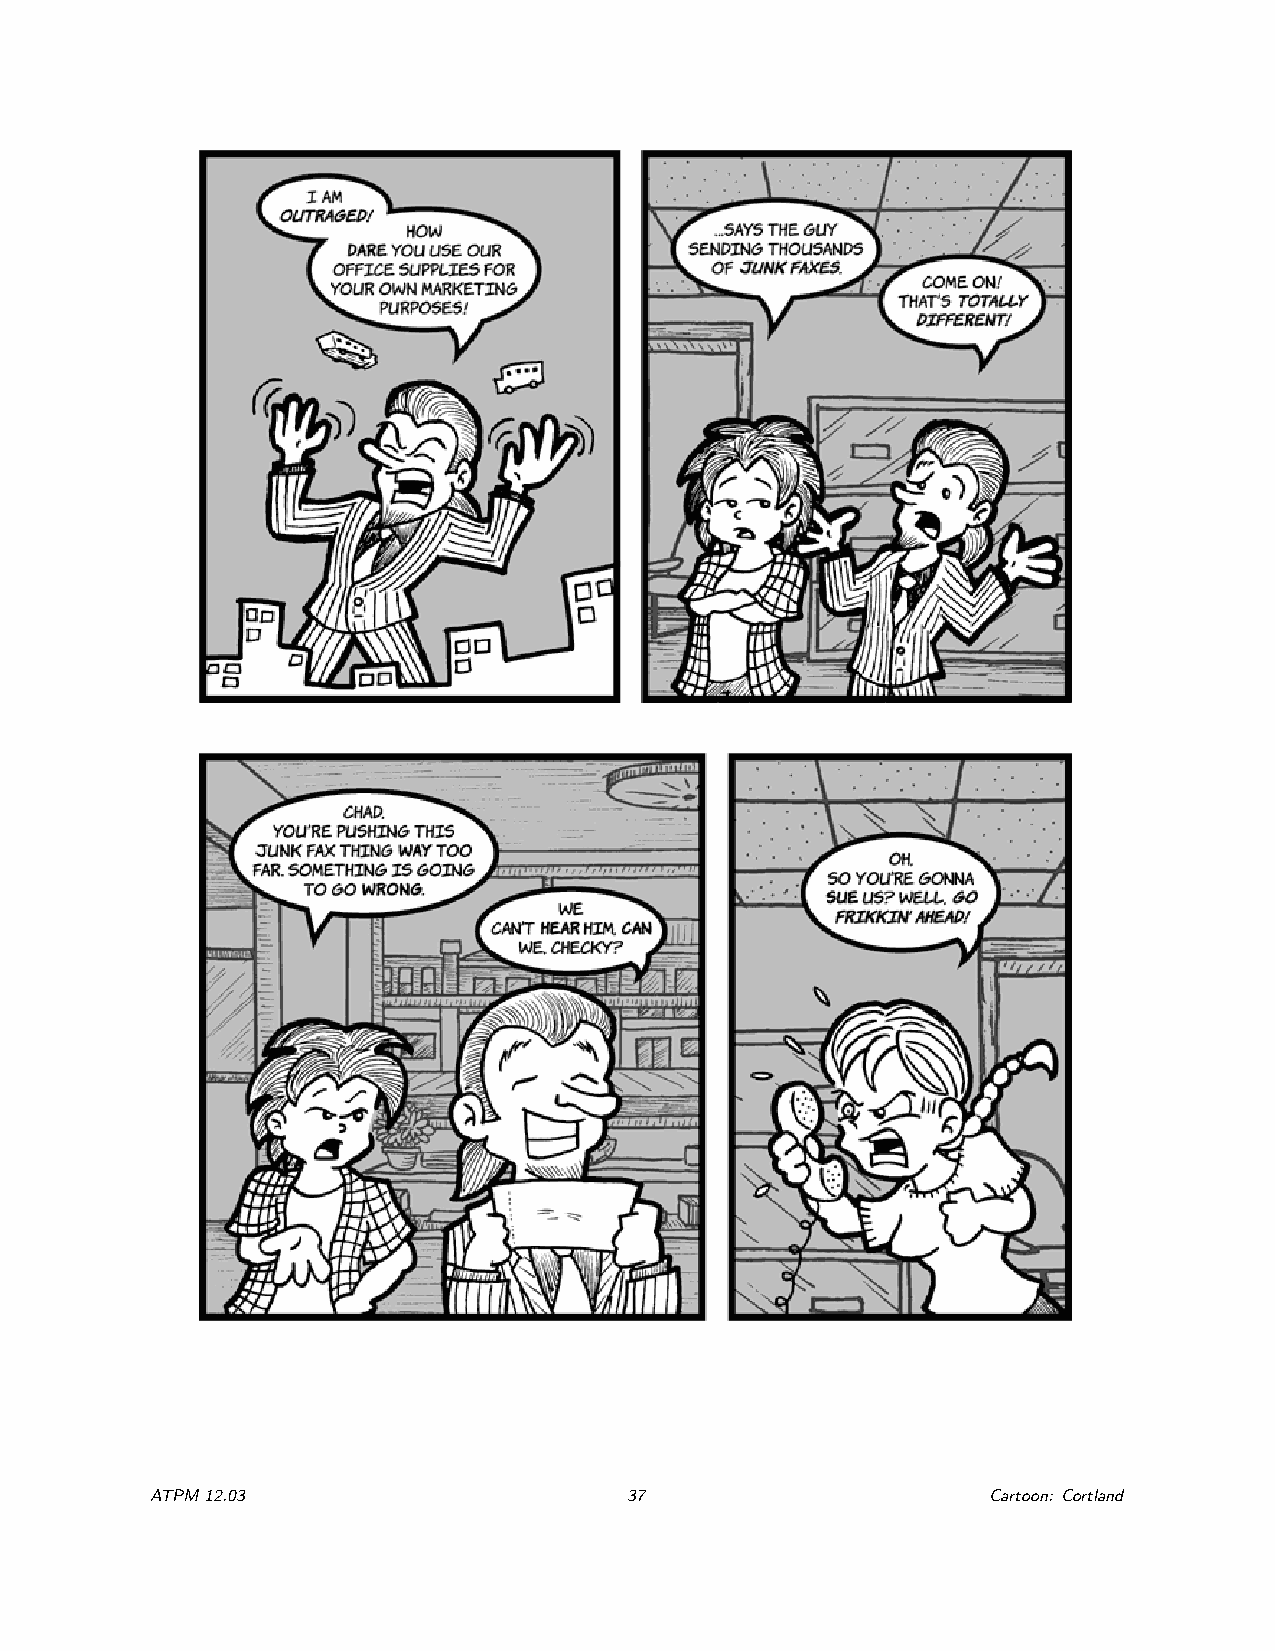
ATPM12.03                       37                     Cartoon: Cortland